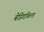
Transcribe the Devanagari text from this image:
बेडिंगफिल्ड